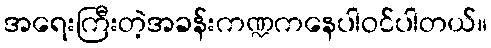
အရေးကြီးတဲ့အခန်းကဏ္ဍကနေပါဝင်ပါတယ်။